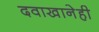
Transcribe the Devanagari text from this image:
दवाखानेही